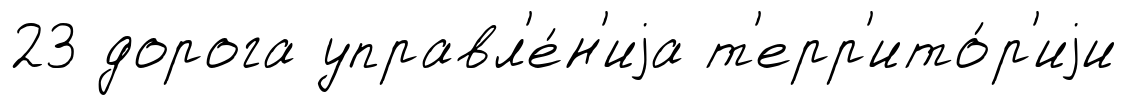
23 дорога управл'е́н'иjа т'ерр'ито́р'иjи